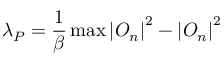
\lambda _ { P } = \frac { 1 } { \beta } \operatorname* { m a x } \left| O _ { n } \right| ^ { 2 } - \left| O _ { n } \right| ^ { 2 }